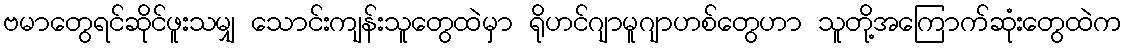
ဗမာတွေရင်ဆိုင်ဖူးသမျှ သောင်းကျန်းသူတွေထဲမှာ ရိုဟင်ဂျာမူဂျာဟစ်တွေဟာ သူတို့အကြောက်ဆုံးတွေထဲက